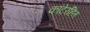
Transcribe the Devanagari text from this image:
कांटेरहित